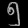
Digit: ၅